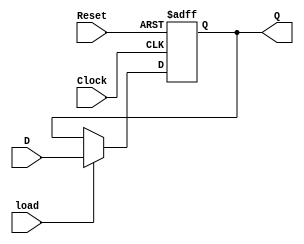
module register8bit #(parameter SIZE = 8)(Q,D,load,Clock,Reset);
	
	output reg [SIZE-1:0] Q;
	input [SIZE-1:0] D;
	input load, Clock, Reset;
	

 always @(posedge Clock or negedge Reset)

 if (!Reset) 
	Q <= 0;
 else if (load) 
	Q <= D;
	else 
	Q <= Q;

endmodule